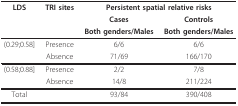
| LDS | TRI sites | <COLSPAN=2> Persistent spatial relative risks |
 |  |  | Cases | Controls |
 |  |  | Both genders/Males | Both genders/Males |
 | --- | --- | --- | --- |
 | (0.29;0.58] | Presence | 6/6 | 6/6 |
 |  | Absence | 71/69 | 166/170 |
 | (0.58;0.88] | Presence | 2/2 | 7/8 |
 |  | Absence | 14/8 | 211/224 |
 | Total |  | 93/84 | 390/408 |